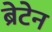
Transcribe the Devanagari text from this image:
ब्रेटेन